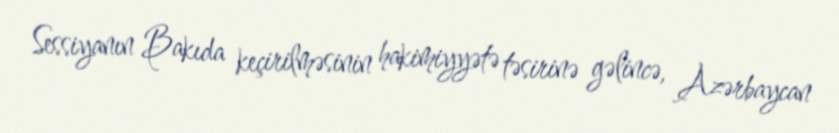
Sessiyanın Bakıda keçirilməsinin hakimiyyətə təsirinə gəlincə, Azərbaycan